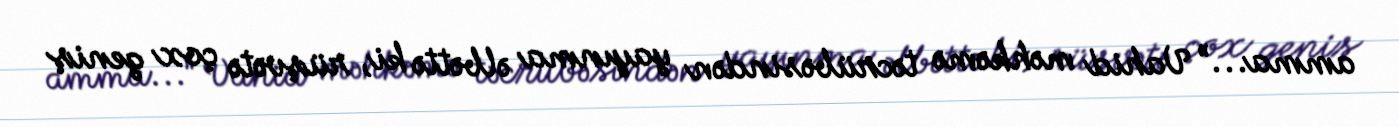
amma...” Vahid məhkəmə təcrübəsindən yayınma əlbəttə ki, rüşvətə çox geniş